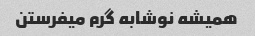
همیشه نوشابه گرم میفرستن